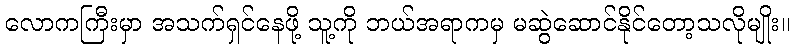
လောကကြီးမှာ အသက်ရှင်နေဖို့ သူ့ကို ဘယ်အရာကမှ မဆွဲဆောင်နိုင်တော့သလိုမျိုး။